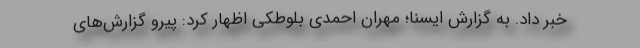
خبر داد. به گزارش ایسنا؛ مهران احمدی بلوطکی اظهار کرد: پیرو گزارش‌های